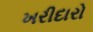
ખરીદારો